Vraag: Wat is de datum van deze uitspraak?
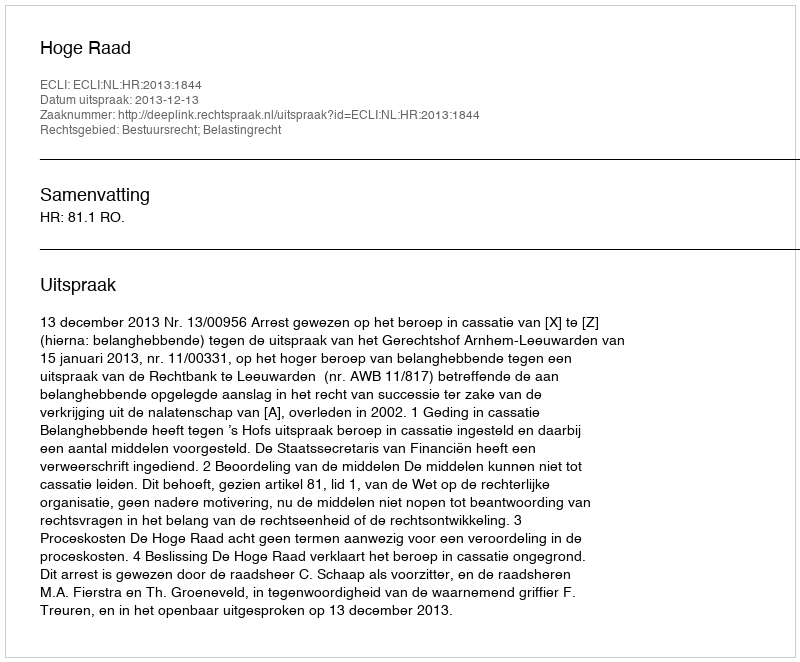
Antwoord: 2013-12-13